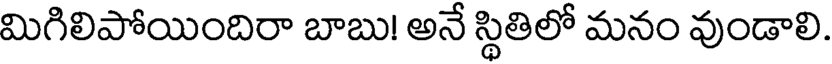
మిగిలిపోయిందిరా బాబు! అనే స్థితిలో మనం వుండాలి.